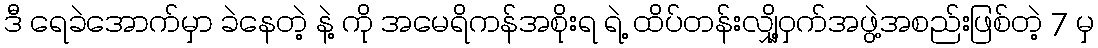
ဒီ ရေခဲအောက်မှာ ခဲနေတဲ့ နဲ့ ကို အမေရိကန်အစိုးရ ရဲ့ ထိပ်တန်းလျှို့ဝှက်အဖွဲ့အစည်းဖြစ်တဲ့ 7 မှ